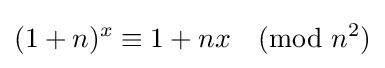
(1+n)^{x}\equiv 1+nx{\pmod {n^{2}}}